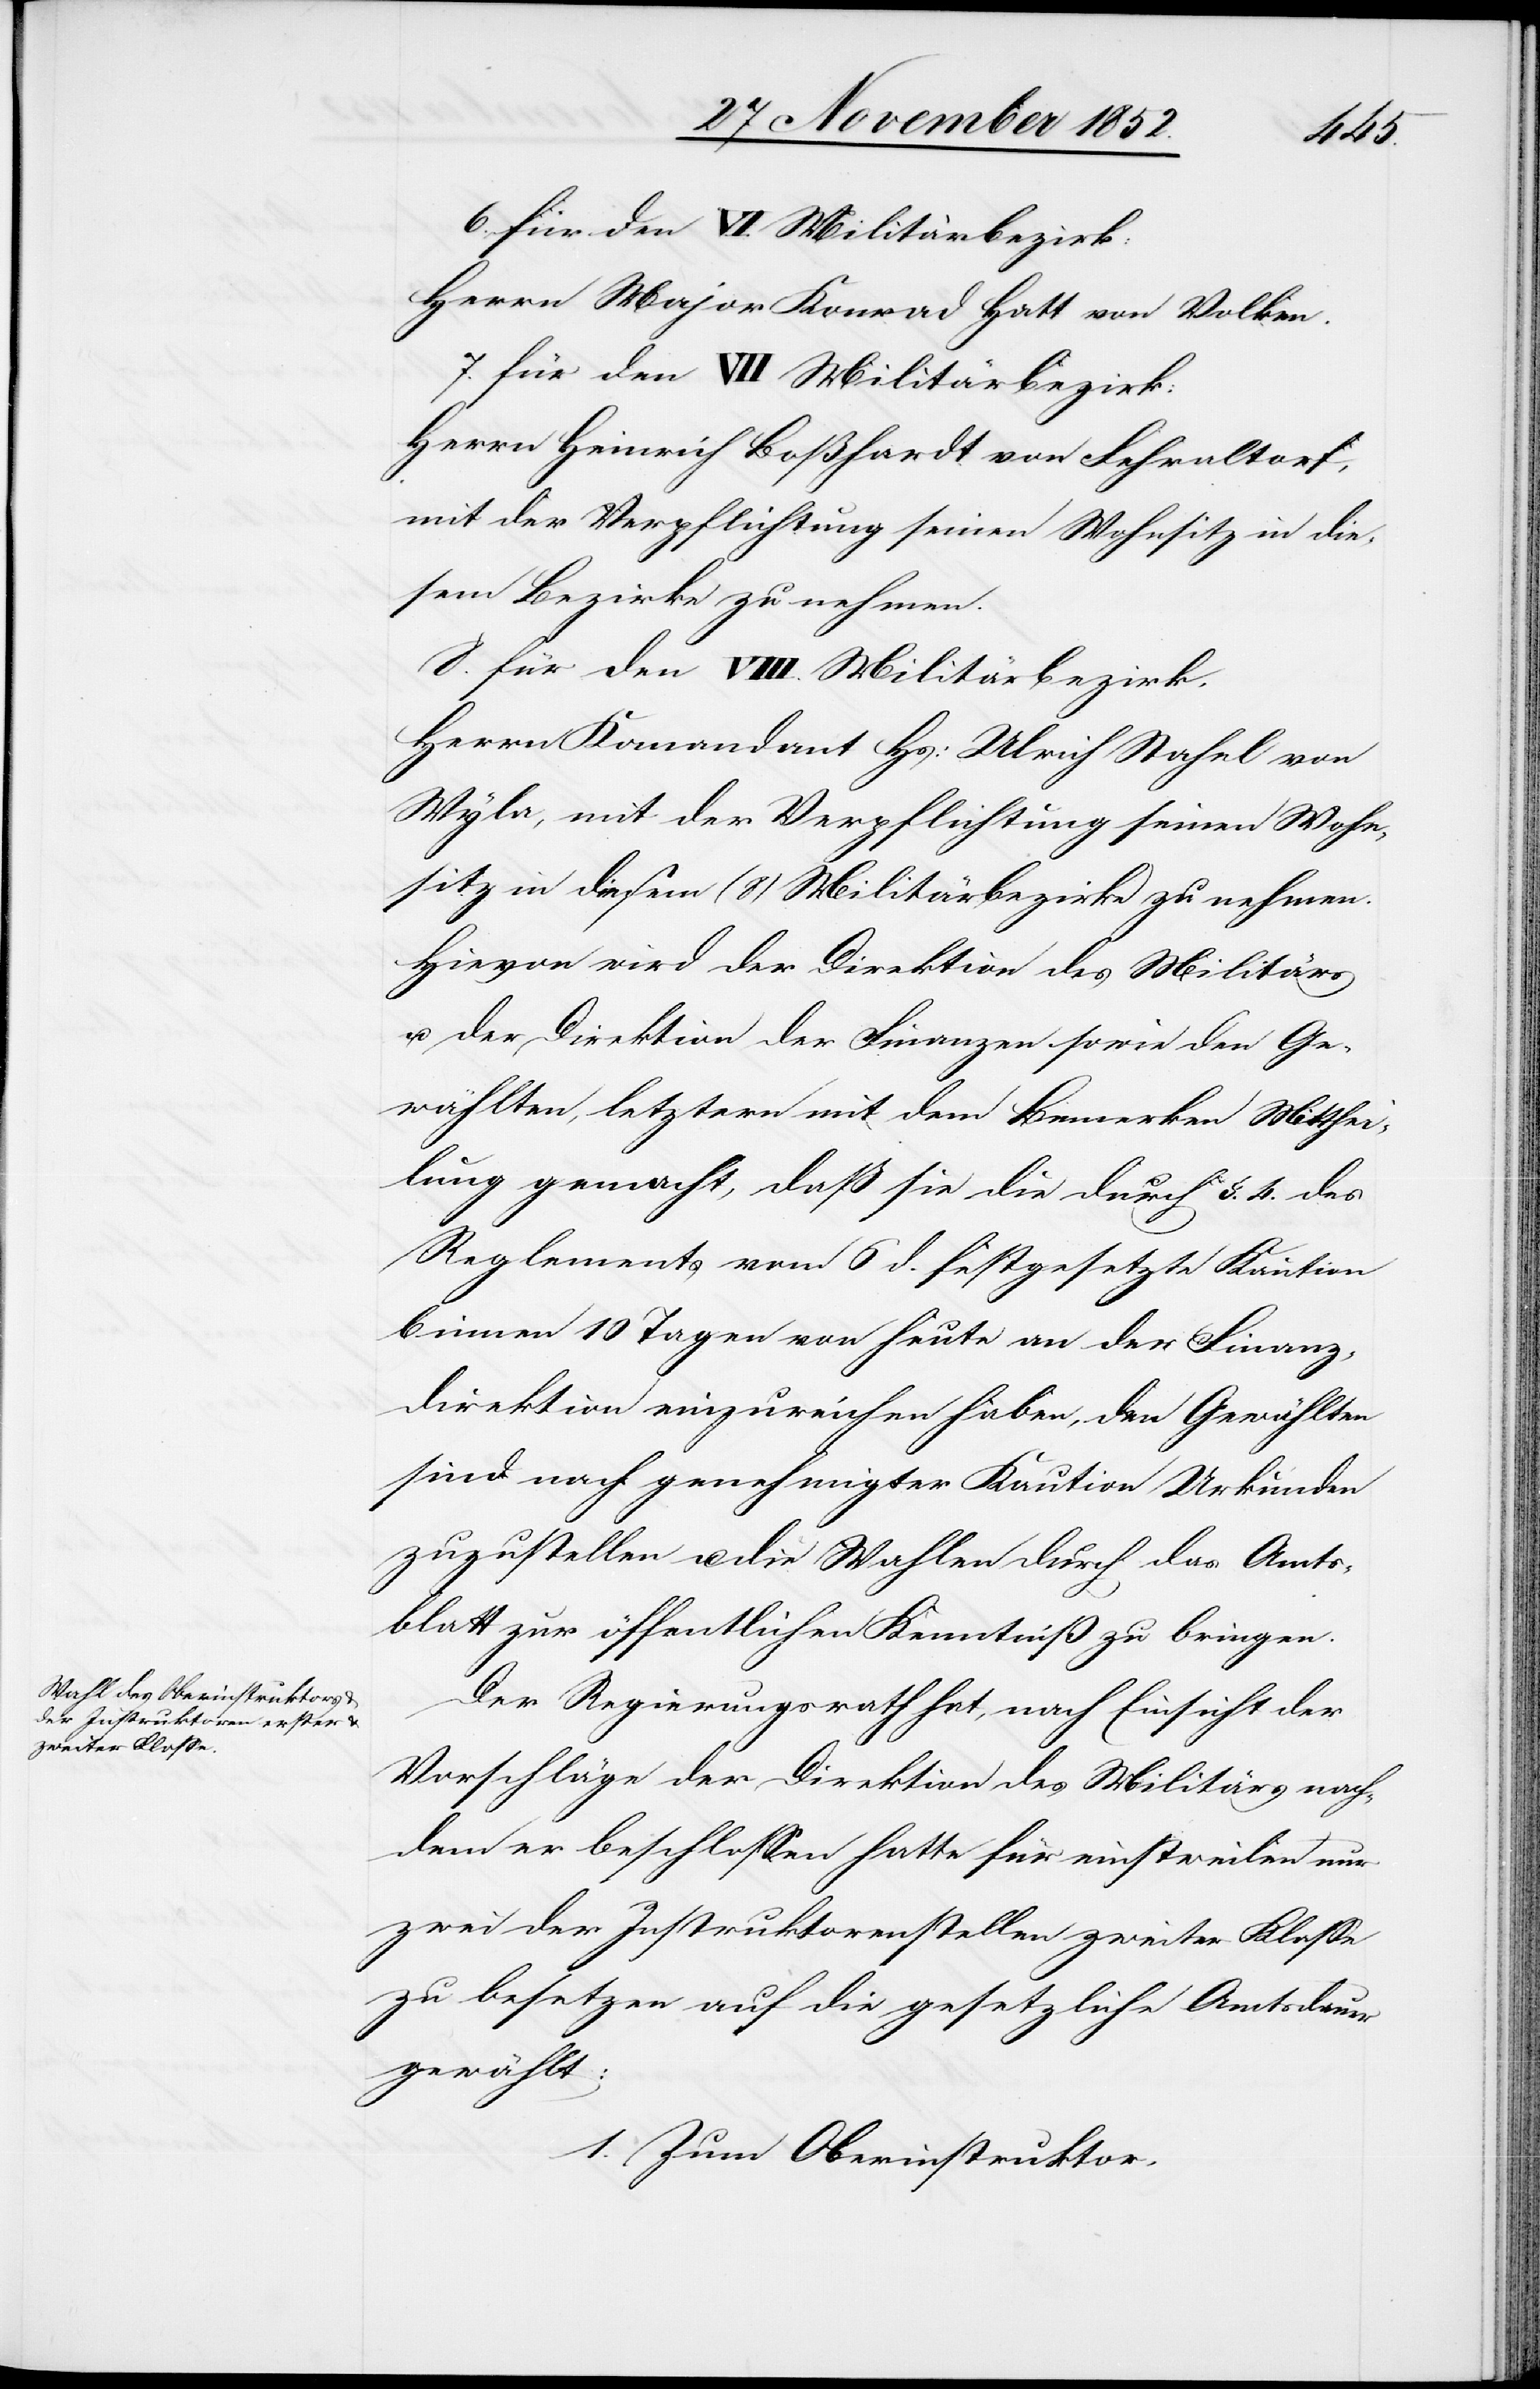
6. für den VI. Militärbezirk:
Herrn Major Konrad Hatt von Volken.
7. für den VII. Militärbezirk:
Herrn Heinrich Boßhardt von Fehraltorf,
mit der Verpflichtung seinen Wohnsitz in die¬
sem Bezirke zu nehmen.
8. für den VIII. Militärbezirk.
Herrn Kom[m]andant Hs: Ulrich Stahel von
Wyla, mit der Verpflichtung seinen Wohn¬
sitz in diesem (8) Militärbezirke zu nehmen.
Hievon wird der Direktion des Militärs
u. der Direktion der Finanzen sowie den Ge¬
wählten, letztern mit dem Bemerken Mitthei¬
lung gemacht, daß sie die durch §. 4. des
Reglements vom 6 d. festgesetzte Kaution
binnen 10 Tagen von heute an der Finanz¬
direktion einzureichen haben, den Gewählten
sind nach genehmigter Kaution Urkunden
zuzustellen u. die Wahlen durch das Amts¬
blatt zur öffentlichen Kenntniß zu bringen.
Der Regierungsrath hat, nach Einsicht der
Vorschläge der Direktion des Militärs nach¬
dem er beschlossen hatte für einstweilen nur
zwei der Instruktorenstellen zweiter Klasse
zu besetzen auf die gesetzliche Amtsdauer
gewählt:
1. Zum Oberinstruktor.